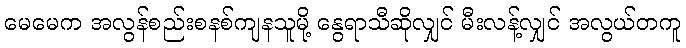
မေမေက အလွန်စည်းစနစ်ကျနသူမို့ နွေရာသီဆိုလျှင် မီးလန့်လျှင် အလွယ်တကူ